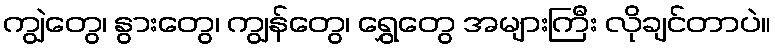
ကျွဲတွေ၊ နွားတွေ၊ ကျွန်တွေ၊ ရွှေတွေ အများကြီး လိုချင်တာပဲ။